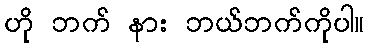
ဟို ဘက် နား ဘယ်ဘက်ကိုပါ။